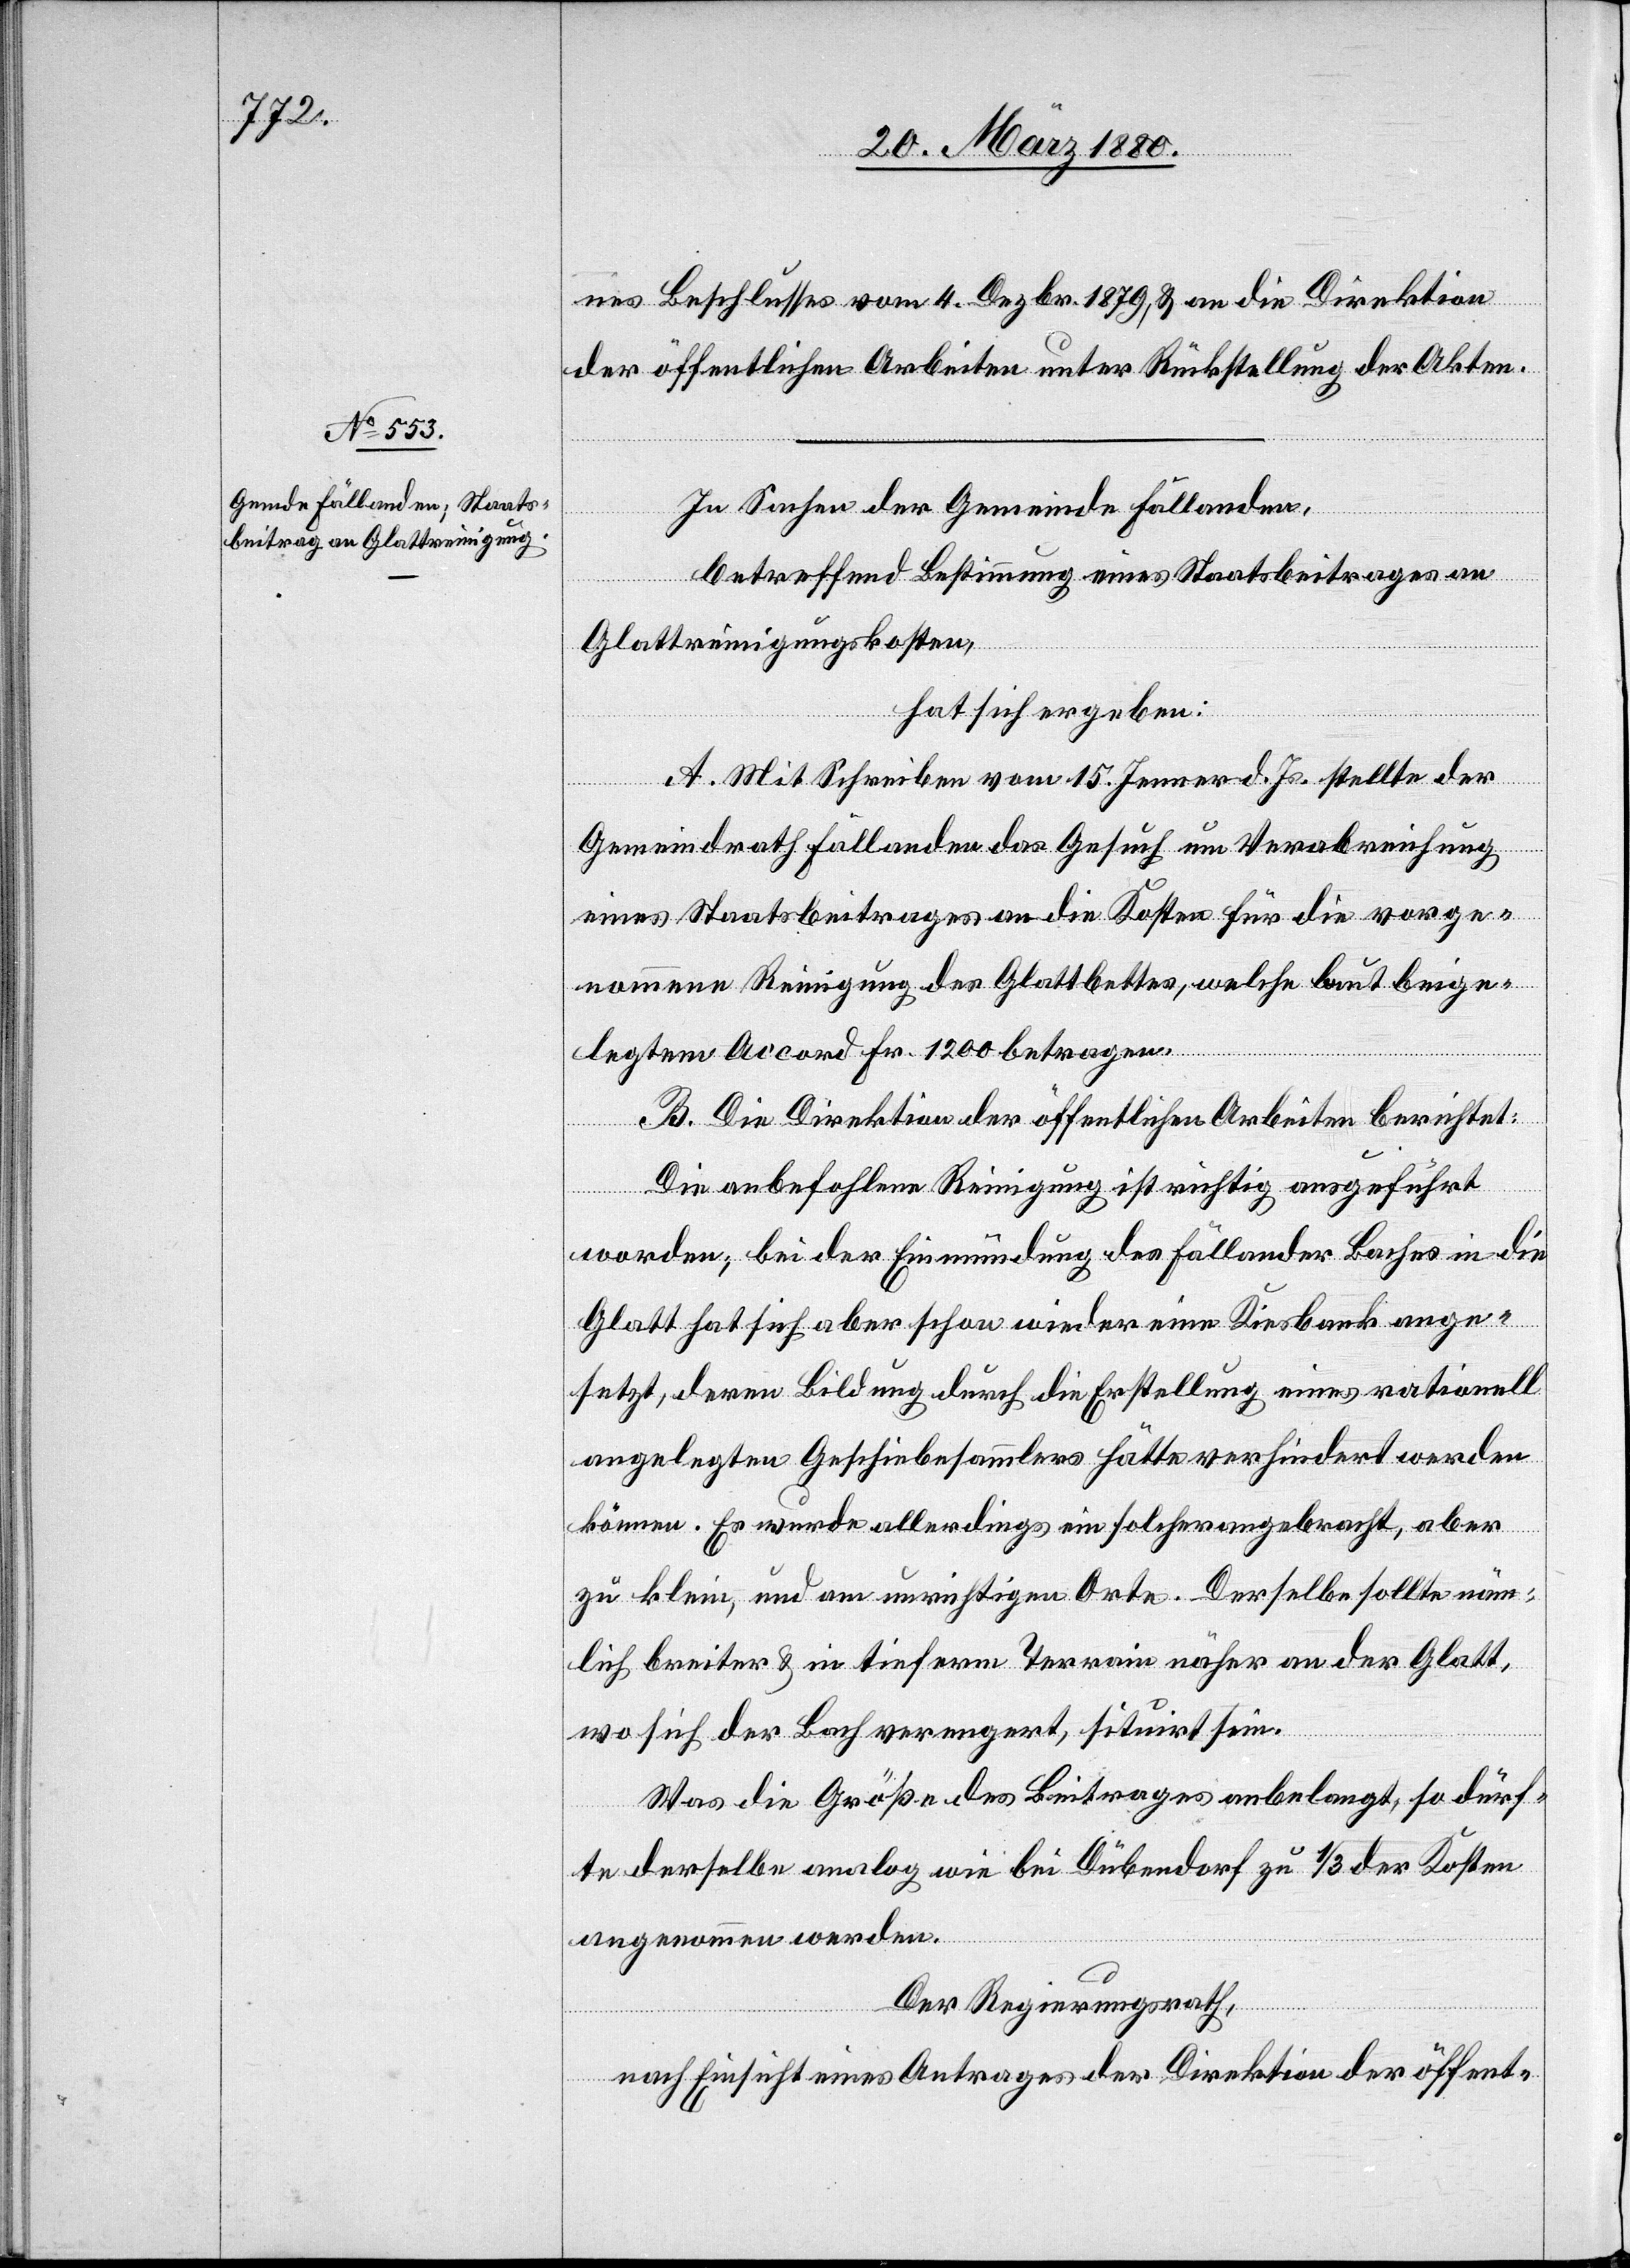
nes Beschlusses vom 4. Dezbr. 1879, & an die Direktion
der öffentlichen Arbeiten unter Rückstellung der Akten.
In Sachen der Gemeinde Fällanden,
betreffend Bestimmung eines Staatsbeitrages an
Glattreinigungskosten,
hat sich ergeben:
A. Mit Schreiben vom 15. Jenner d. Js. stellte der
Gemeindrath Fällanden das Gesuch um Verabreichung
eines Staatsbeitrages an die Kosten für die vorge¬
nommene Reinigung des Glattbettes, welche laut beige¬
legtem Accord Fr. 1200 betragen.
B. Die Direktion der öffentlichen Arbeiten berichtet:
Die anbefohlene Reinigung ist richtig ausgeführt
worden; bei der Einmündung des Fällander Baches in die
Glatt hat sich aber schon wieder eine Kiesbank ange¬
setzt, deren Bildung durch die Erstellung eines rationell
angelegten Geschiebesammlers hätte verhindert werden
können. Es wurde allerdings ein solcher angebracht, aber
zu klein, und am unrichtigen Orte. Derselbe sollte näm¬
lich breiter & in tieferm Terrain näher an der Glatt,
wo sich der Bach verengert, situirt sein.
Was die Größe des Beitrages anbelangt, so dürf¬
te derselbe analog wie bei Dübendorf zu 1/3 der Kosten
angenommen werden.
Der Regierungsrath,
nach Einsicht eines Antrages der Direktion der öffent-